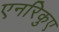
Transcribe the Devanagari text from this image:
एनरिकुए